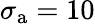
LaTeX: \sigma_{\mathrm{a}}=10